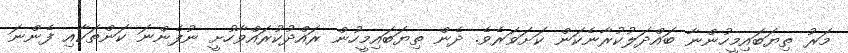
މަރު ތިޔަބައިމީހުންނާ ބައްދަލުކުރާނެކަން ކަށަވަރެވެ. ދެން ތިޔަބައިމީހުން ރައްދުކުރައްވާހުށީ ނުފެންނަ ކަންތަކާއި ފެންނަ